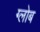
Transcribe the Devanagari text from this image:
ग्‍लोब